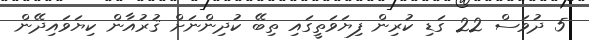
5 ދުވަސް 22 ގަޑި ކުރިން ފިޔަވަތީގައި ތިބޭ ކުދިންނަށް ޤުރުއާން ކިޔަވައިދޭން